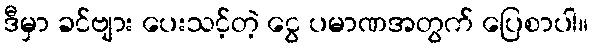
ဒီမှာ ခင်ဗျား ပေးသင့်တဲ့ ငွေ ပမာဏအတွက် ပြေစာပါ။